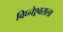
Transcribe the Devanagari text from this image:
विघ्नेश्र्वराला